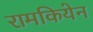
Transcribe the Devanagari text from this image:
रामकियेन